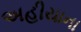
અહીયાના